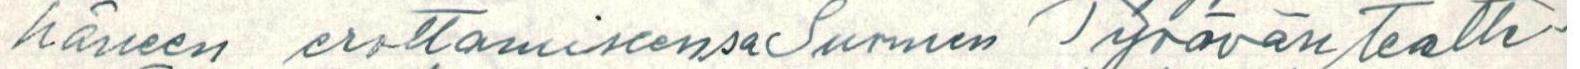
hänen erottamiseensa Työväen teatte-